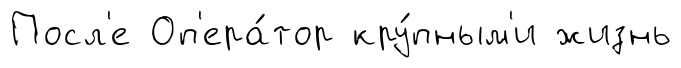
Посл'е Оп'ера́тор кру́пным'и жизнь